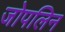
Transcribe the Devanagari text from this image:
जोपलिन